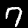
Digit: 7